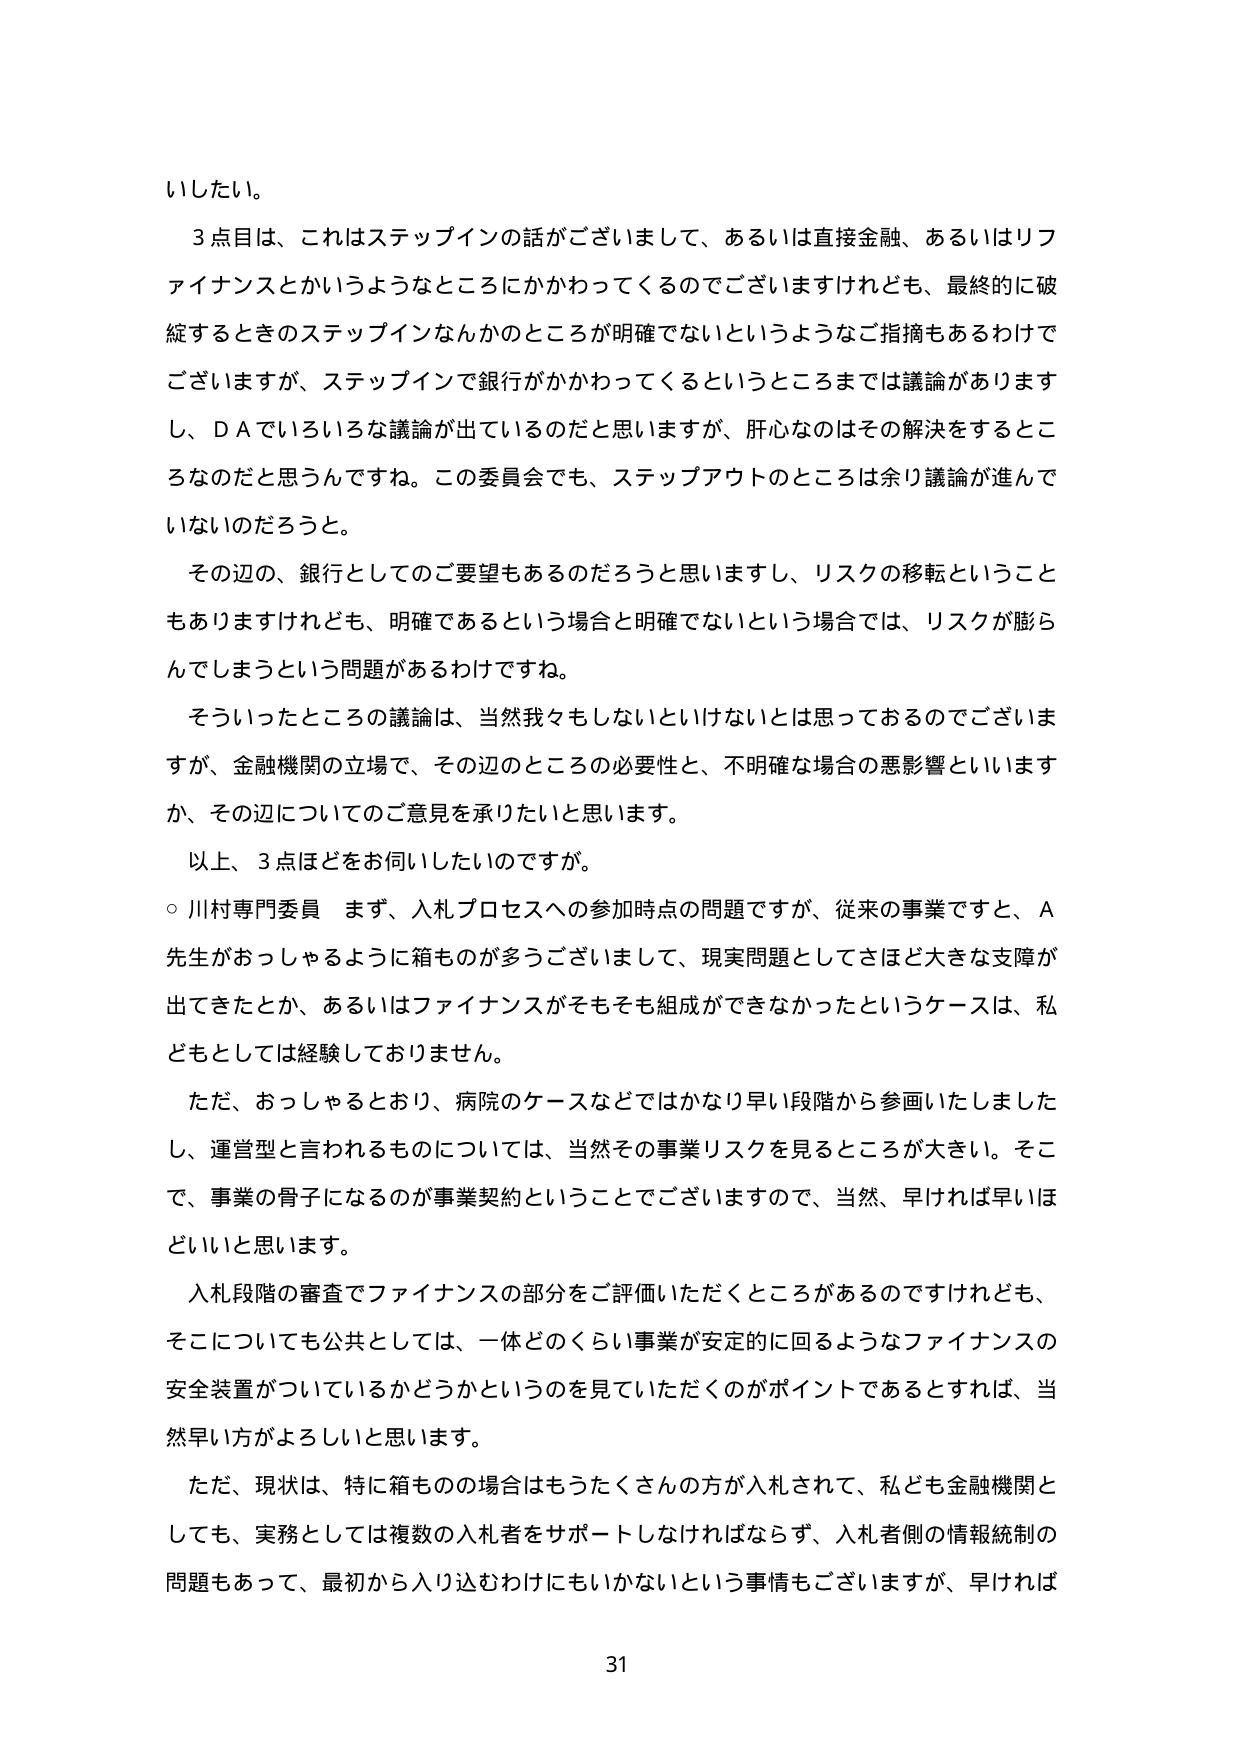
いしたい。

３点目は、これはステップインの話がございまして、あるいは直接金融、あるいはリファイナンスとかいうようなところにかかわってくるのでございますけれども、最終的に破綻するときのステップインなんかのところが明確でないというようなご指摘もあるわけでございますが、ステップインで銀行がかかわってくるというところまでは議論がありますし、ＤＡでいろいろな議論が出ているのだと思いますが、肝心なのはその解決をするところなのだと思うんですね。この委員会でも、ステップアウトのところは余り議論が進んでいないのだろうと。

その辺の、銀行としてのご要望もあるのだろうと思いますし、リスクの移転ということもありますけれども、明確であるという場合と明確でないという場合では、リスクが膨らんでしまうという問題があるわけです。

そういったところの議論は、当然我々もしないといけないとは思っておるのでございますが、金融機関の立場で、その辺のところの必要性と、不明確な場合の悪影響といいますか、その辺についてのご意見を承りたいと思います。

以上、３点ほどをお伺いしたいのですが。

○ 川村専門委員　まず、入札プロセスへの参加時点の問題ですが、従来の事業ですと、Ａ先生がおっしゃるように箱ものが多うございまして、現実問題としてさほど大きな支障が出てきたとか、あるいはファイナンスがそもそも組成ができなかったというケースは、私どもとしては経験しておりません。

ただ、おっしゃるとおり、病院のケースなどではかなり早い段階から参画いたしましたし、運営型と言われるものについては、当然その事業リスクを見るところが大きい。そこで、事業の骨子になるのが事業契約ということでございますので、当然、早ければ早いほどいいと思います。

入札段階の審査でファイナンスの部分をご評価いただくところがあるのですけれども、そこについても公共としては、一体どのくらい事業が安定的に回るようなファイナンスの安全装置がついているかどうかというのを見ていただくのがポイントであるとすれば、当然早い方がよろしいと思います。

ただ、現状は、特に箱ものの場合はもうたくさんの方が入札されて、私ども金融機関としても、実務としては複数の入札者をサポートしなければならず、入札者側の情報統制の問題もあって、最初から入り込むわけにもいかないという事情もございますが、早ければ

31